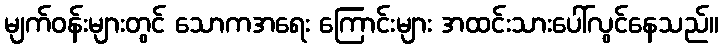
မျက်ဝန်းများတွင် သောကအရေး ကြောင်းများ အထင်းသားပေါ်လွင်နေသည်။